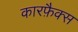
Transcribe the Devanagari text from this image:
कारफ़ैक्स